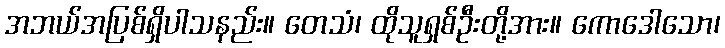
အဘယ်အပြစ်ရှိပါသနည်း။ တေသံ၊ ထိုသူရှစ်ဦးတို့အား။ ကောဒေါသော၊